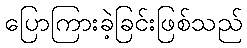
ပြောကြားခဲ့ခြင်းဖြစ်သည်